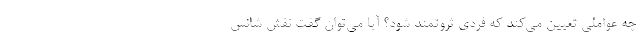
چه عواملی تعیین می‌کند که فردی ثروتمند شود؟ آیا می‌توان گفت نقش شانس